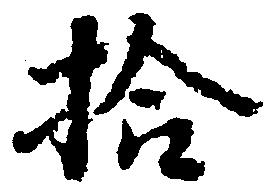
十